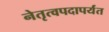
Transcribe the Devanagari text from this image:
नेतृत्वपदापर्यंत